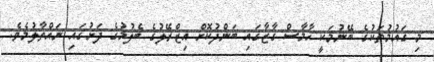
މި ގައުމުތަކުގެ ބޭނުމަކީ ހާމާސް ގާޒާގައި ބަންދުކޮށް އިޒްރޭލުގެ ބެލުމުގެ ދަށުގައި ނައްތާލުމެވެ.